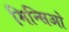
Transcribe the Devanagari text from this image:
मिन्सिओ